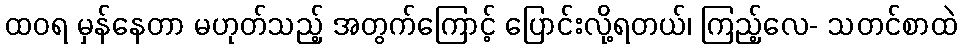
ထဝရ မှန်နေတာ မဟုတ်သည့် အတွက်ကြောင့် ပြောင်းလို့ရတယ်၊ ကြည့်လေ- သတင်စာထဲ